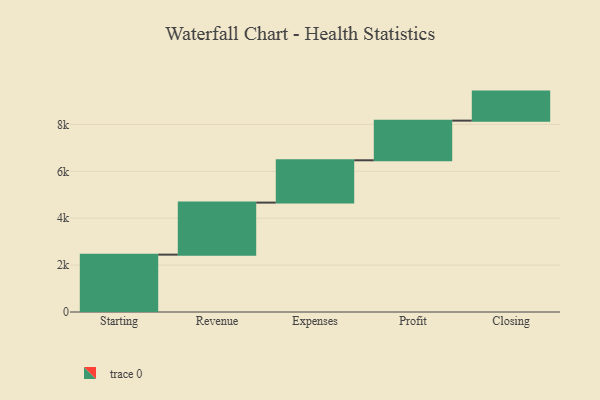
{"axis": {"x": "Step", "y": "Value"}, "legend": [""], "data": [{"x": "Starting", "y": 2447.0, "type": ""}, {"x": "Revenue", "y": 2219.0, "type": ""}, {"x": "Expenses", "y": 1805.0, "type": ""}, {"x": "Profit", "y": 1691.0, "type": ""}, {"x": "Closing", "y": 1238.0, "type": ""}]}